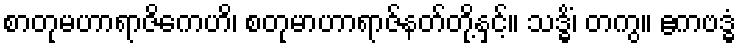
စာတုမဟာရာဇိကေဟိ၊ စတုမာဟာရာဇ်နတ်တို့နှင့်။ သဒ္ဓိံ၊ တကွ။ ဧကဗဒ္ဓံ